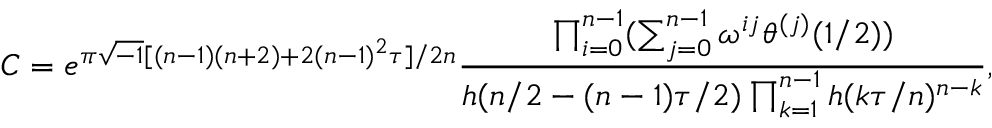
C = e ^ { \pi \sqrt { - 1 } [ ( n - 1 ) ( n + 2 ) + 2 ( n - 1 ) ^ { 2 } \tau ] / 2 n } \displaystyle \frac { \prod _ { i = 0 } ^ { n - 1 } ( \sum _ { j = 0 } ^ { n - 1 } \omega ^ { i j } \theta ^ { ( j ) } ( 1 / 2 ) ) } { h ( n / 2 - ( n - 1 ) \tau / 2 ) \prod _ { k = 1 } ^ { n - 1 } h ( k \tau / n ) ^ { n - k } } ,